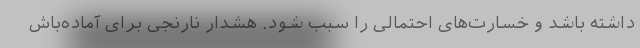
داشته باشد و خسارت‌های احتمالی را سبب شود. هشدار نارنجی برای آماده‌باش